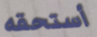
أستحقه